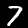
Digit: 7